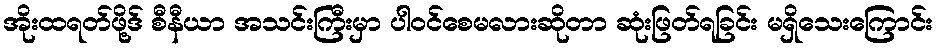
အိုးထရတ်ဖို့ဒ် စီနီယာ အသင်းကြီးမှာ ပါဝင်စေမလားဆိုတာ ဆုံးဖြတ်ရခြင်း မရှိသေးကြောင်း